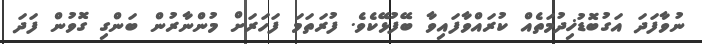
ނުވާފަދަ އަގުބޮޑުޚިދުމަތެއް ކުރައްވާފައިވާ ބޭފުޅޭކެވެ. ފުރަތަމަ ފަހަރަށް މުންނާރުން ބަންގި ގޮވުން ފަދަ